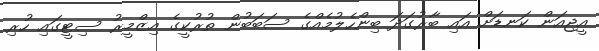
އީޖިއަން ކަނޑަށް އައި ބާރުގަދަ ބިންހެލުމެއްގެ ސަބަބުން ތުރުކީގެ އިޒްމީރު ސިޓީގައި ހުރި